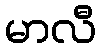
မာလီ